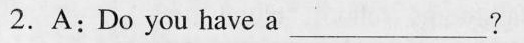
2.A:Do you have a___?